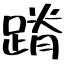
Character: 蹐